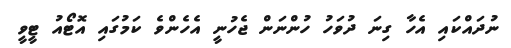
ނުދައްކައި އެހާ ގިނަ ދުވަހު ހުންނަން ޖެހުނީ އެހެންވެ ކަމުގައި އޮޓޯއު ޓީވީ